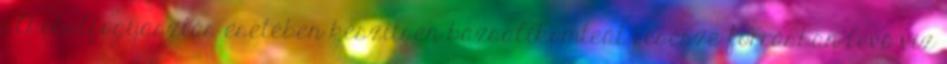
alkoholfogyasztás esetében készítsen bazsalikomteát 1 csésze forrásban levő víz